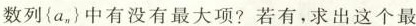
数列{a_{n}}中有没有最大项？若有，求出这个最